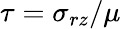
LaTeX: \tau=\sigma_{rz}/\mu